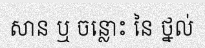
សាន ឬ ចន្លោះ នៃ ថ្នល់